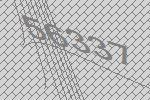
56337